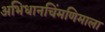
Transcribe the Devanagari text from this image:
अभिधानचिंमणिमाला